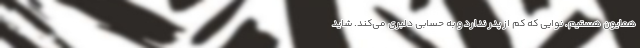
همایون هستیم. نوایی که کم از پدر ندارد و به حسابی دلبری می‌کند. شاید